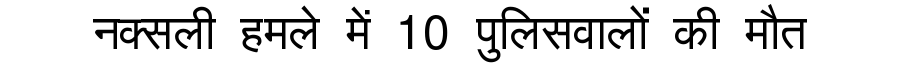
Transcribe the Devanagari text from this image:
नक्सली हमले में 10 पुलिसवालों की मौत